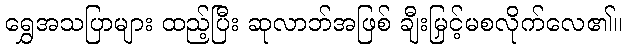
ရွှေအသပြာများ ထည့်ပြီး ဆုလာဘ်အဖြစ် ချီးမြှင့်မစလိုက်လေ၏။